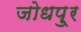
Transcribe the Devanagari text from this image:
जोधपु्र